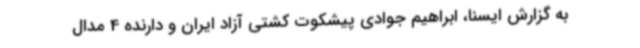
به گزارش ایسنا، ابراهیم جوادی پیشکوت کشتی آزاد ایران و دارنده 4 مدال